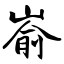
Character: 嵛